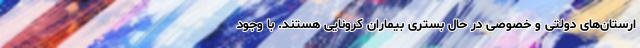
ارستان‌های دولتی و خصوصی در حال بستری بیماران کرونایی هستند. با وجود